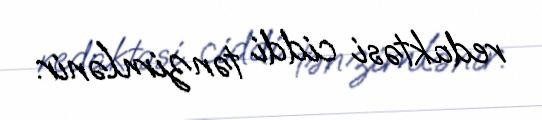
redaktəsi ciddi tənzimlənir.